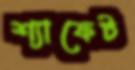
শ্যাফেট